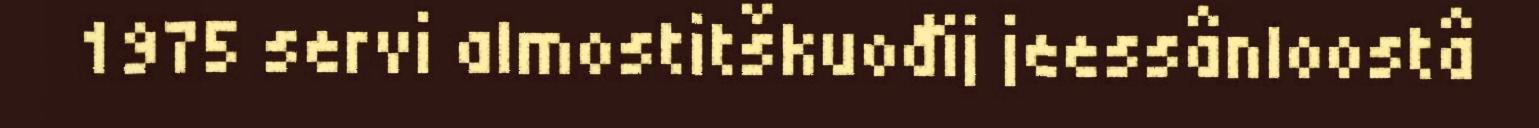
1975 servi almostitškuođij jeessânloostâ